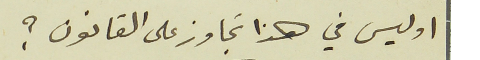
او ليس في هذا تجاوز على القانون؟